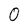
Character: 0